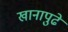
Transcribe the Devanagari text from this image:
खानापुढे